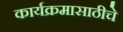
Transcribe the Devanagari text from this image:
कार्यक्रमासाठीचे